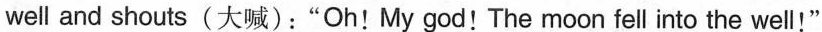
well.He looks in the well and shouts(大喊):"Oh!My god!The moon fell into the well!"